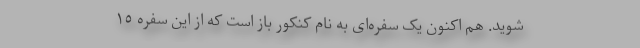
شوید. هم اکنون یک سفره‌ای به‌ نام کنکور باز است که از این سفره ١٥